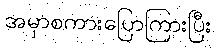
အမှာစကားပြောကြားပြီး